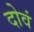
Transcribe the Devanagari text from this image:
दोवं